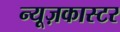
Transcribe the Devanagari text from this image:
न्यूज़कास्टर